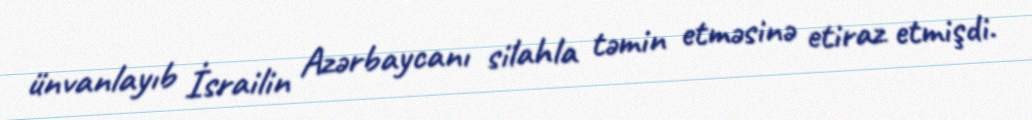
ünvanlayıb İsrailin Azərbaycanı silahla təmin etməsinə etiraz etmişdi.